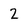
Character: 2